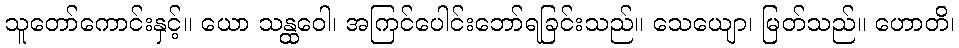
သူတော်ကောင်းနှင့်။ ယော သန္ထဝေါ၊ အကြင်ပေါင်းဘော်ရခြင်းသည်။ သေယျော၊ မြတ်သည်။ ဟောတိ၊